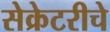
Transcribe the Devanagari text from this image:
सेक्रेटरीचे